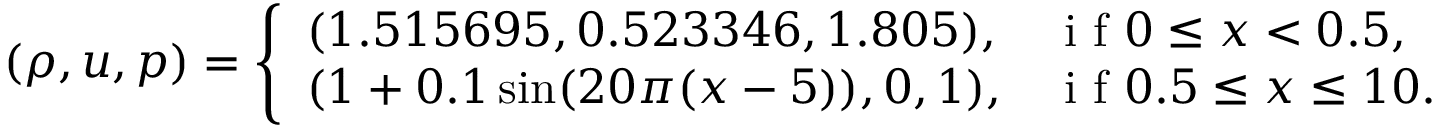
\left( \rho , u , p \right) = \left\{ \begin{array} { l l } { ( 1 . 5 1 5 6 9 5 , 0 . 5 2 3 3 4 6 , 1 . 8 0 5 ) , } & { \mathrm { ~ i ~ f ~ } 0 \leq x < 0 . 5 , } \\ { ( 1 + 0 . 1 \sin ( 2 0 \pi ( x - 5 ) ) , 0 , 1 ) , } & { \mathrm { ~ i ~ f ~ } 0 . 5 \leq x \leq 1 0 . } \end{array} \right.